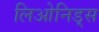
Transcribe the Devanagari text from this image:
लिओनिड्‌स